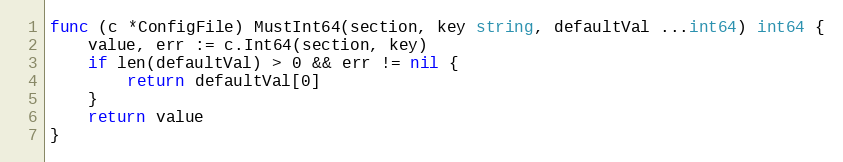
Language: Go
func (c *ConfigFile) MustInt64(section, key string, defaultVal ...int64) int64 {
	value, err := c.Int64(section, key)
	if len(defaultVal) > 0 && err != nil {
		return defaultVal[0]
	}
	return value
}